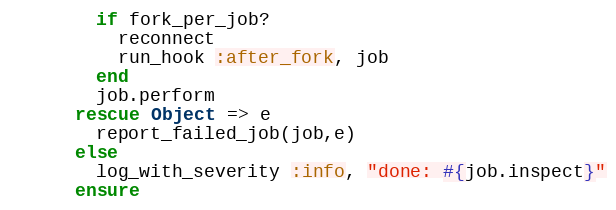
Language: Ruby
        if fork_per_job?
          reconnect
          run_hook :after_fork, job
        end
        job.perform
      rescue Object => e
        report_failed_job(job,e)
      else
        log_with_severity :info, "done: #{job.inspect}"
      ensure